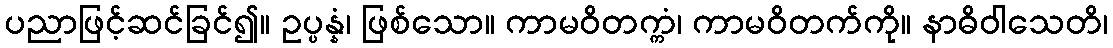
ပညာဖြင့်ဆင်ခြင်၍။ ဥပ္ပန္နံ၊ ဖြစ်သော။ ကာမဝိတက္ကံ၊ ကာမဝိတက်ကို။ နာဓိဝါသေတိ၊